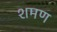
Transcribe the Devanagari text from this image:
शमण